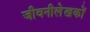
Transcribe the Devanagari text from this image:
जीवनीलेखकों